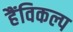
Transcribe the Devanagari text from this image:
हैंविकल्प